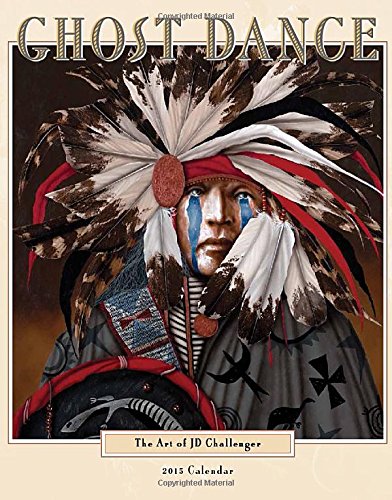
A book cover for Ghost Dance 2015 Calendar (Native American); J D Challenger; Calendars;